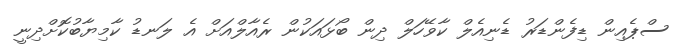
ސްޕެއިން ޑިފެންޑަރު ޑެނިއެލް ކާވޭހަލް ދިން ބޯޅައަކުން ރެއާލްއަށް އެ ލަނޑު ކާމިޔާބުކޮށްދިނީ